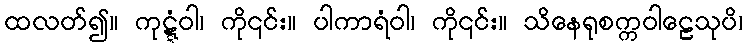
ထလတ်၍။ ကုဋ္ဋံဝါ၊ ကို၎င်း။ ပါကာရံဝါ၊ ကို၎င်း။ သိနေရုစက္ကဝါဠေသုပိ၊